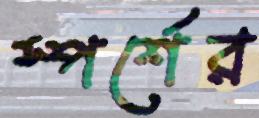
স্পর্শের